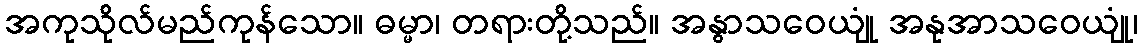
အကုသိုလ်မည်ကုန်သော။ ဓမ္မာ၊ တရားတို့သည်။ အနွာသဝေယျုံ အနုအာသဝေယျုံ၊